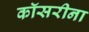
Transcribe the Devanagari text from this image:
कॉसरीना